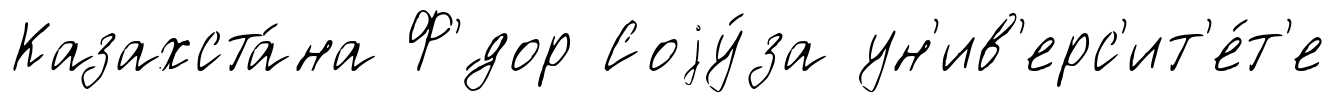
Казахста́на Ф'́дор Соjу́за ун'ив'ерс'ит'е́т'е